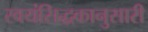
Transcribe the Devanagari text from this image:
स्वयंसिद्धकानुसारी